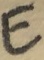
Text: E